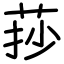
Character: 莏